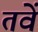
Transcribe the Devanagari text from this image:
तवें